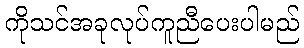
ကိုသင်အခုလုပ်ကူညီပေးပါမည်